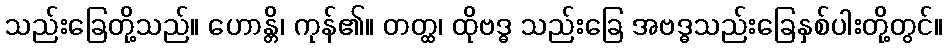
သည်းခြေတို့သည်။ ဟောန္တိ၊ ကုန်၏။ တတ္ထ၊ ထိုဗဒ္ဓ သည်းခြေ အဗဒ္ဓသည်းခြေနှစ်ပါးတို့တွင်။